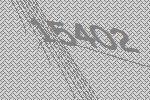
15402